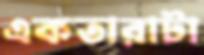
একতারাটা